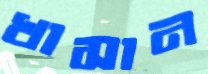
খাসান